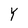
Character: Y